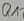
Text: Q12